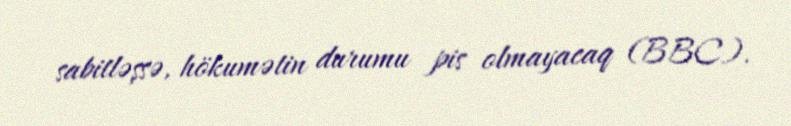
sabitləşsə, hökumətin durumu pis olmayacaq (BBC).